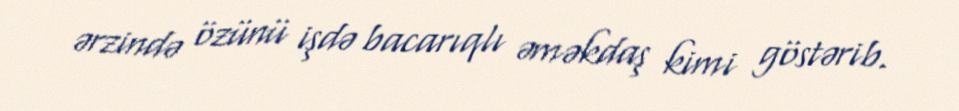
ərzində özünü işdə bacarıqlı əməkdaş kimi göstərib.